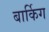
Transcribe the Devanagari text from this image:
बार्किग